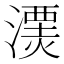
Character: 𱨫